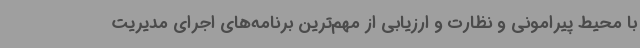
با محیط پیرامونی و نظارت و ارزیابی از مهم‌ترین برنامه‌های اجرای مدیریت